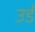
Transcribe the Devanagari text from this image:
उर्ड